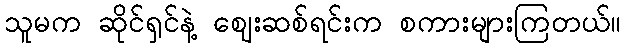
သူမက ဆိုင်ရှင်နဲ့ ဈေးဆစ်ရင်းက စကားများကြတယ်။